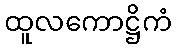
ထူလကောဋ္ဌိကံ